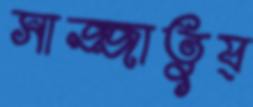
সাজ্জাতুয্